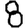
Digit: 8